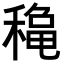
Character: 𥡄